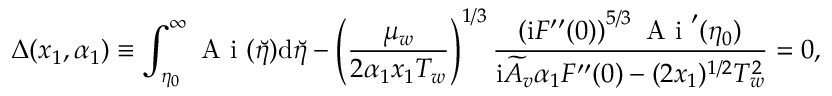
\Delta ( x _ { 1 } , \alpha _ { 1 } ) \equiv \int _ { \eta _ { 0 } } ^ { \infty } \mathrm { ~ A ~ i ~ } ( \breve { \eta } ) \mathrm { d } \breve { \eta } - \left( \frac { \mu _ { w } } { 2 \alpha _ { 1 } x _ { 1 } T _ { w } } \right) ^ { 1 / 3 } \frac { \left( \mathrm { i } F ^ { \prime \prime } ( 0 ) \right) ^ { 5 / 3 } \mathrm { ~ A ~ i ~ } ^ { \prime } ( \eta _ { 0 } ) } { \mathrm { i } \widetilde A _ { v } \alpha _ { 1 } F ^ { \prime \prime } ( 0 ) - ( 2 x _ { 1 } ) ^ { 1 / 2 } T _ { w } ^ { 2 } } = 0 ,